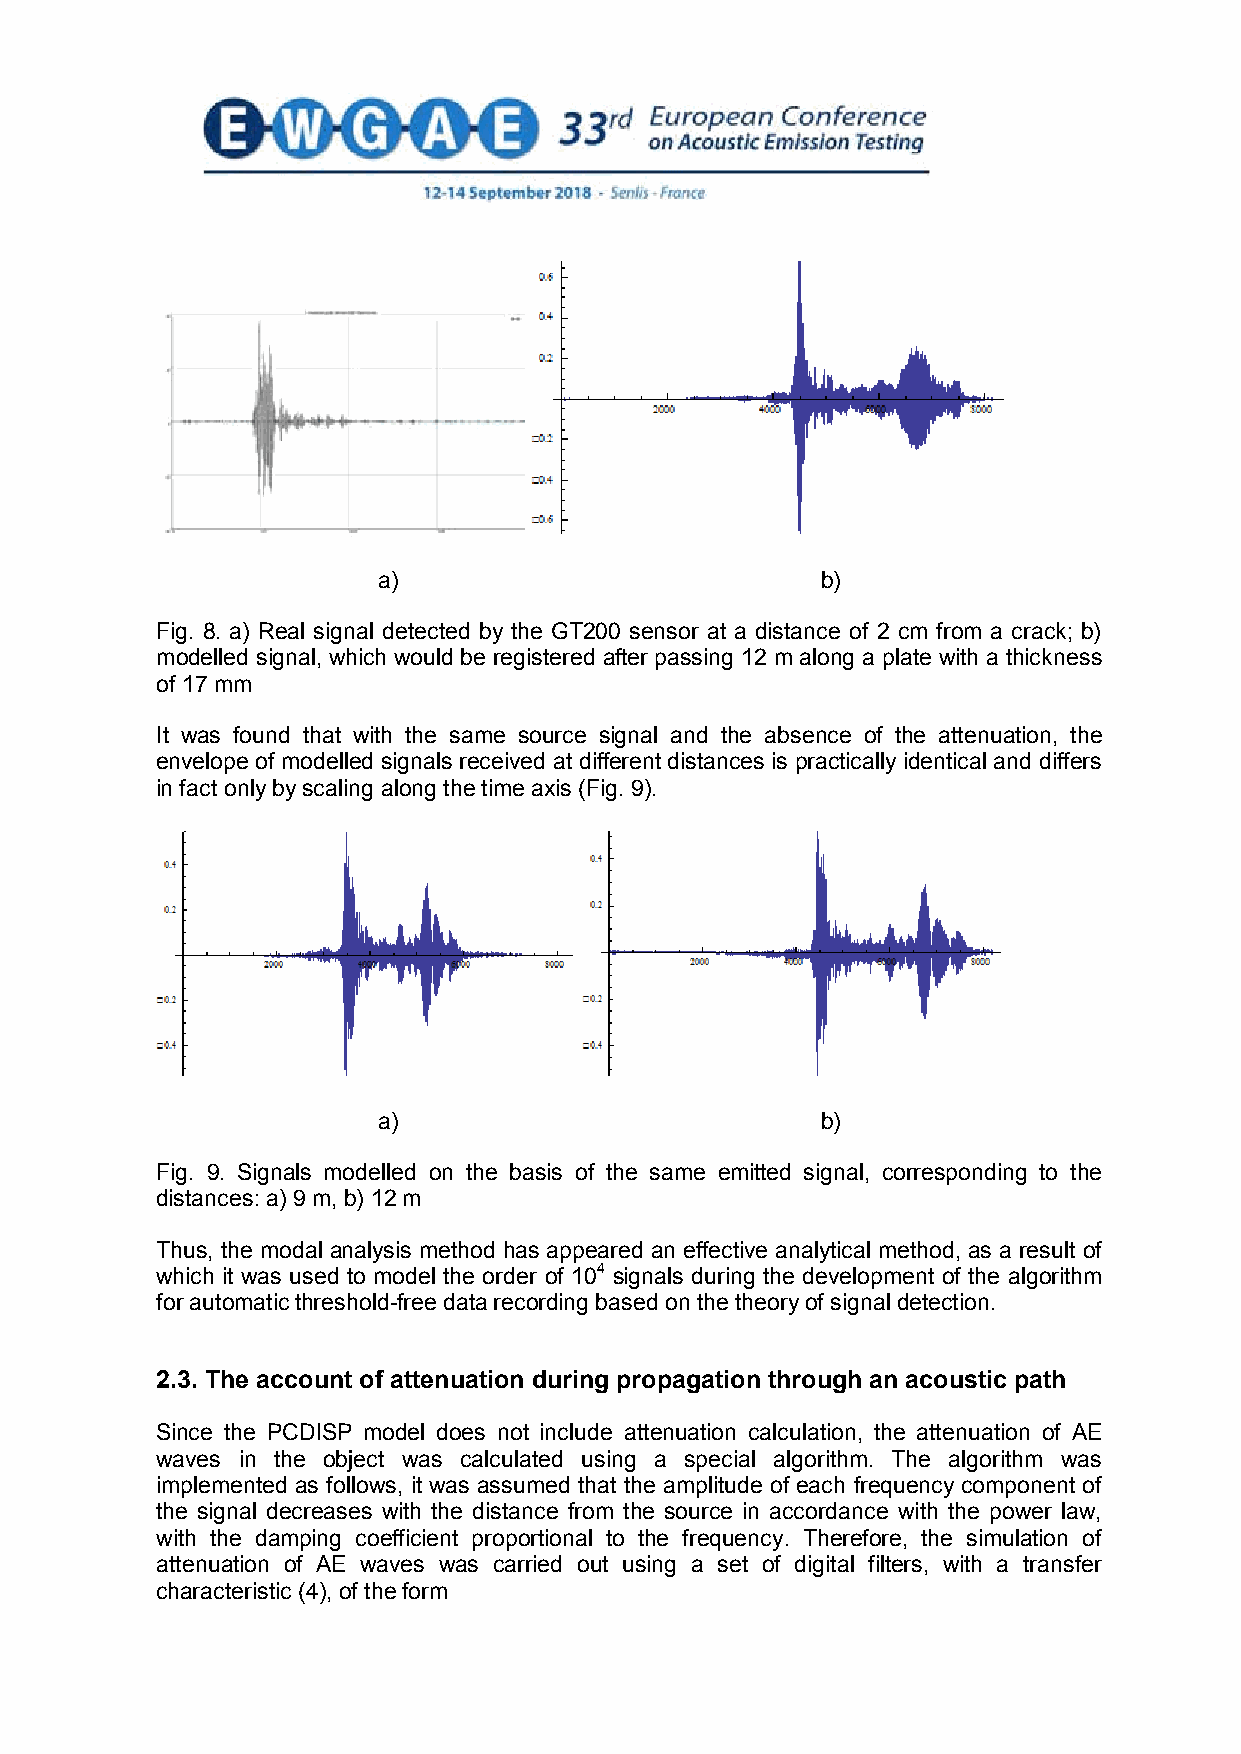
a)                           b)
 Fig. 8. a) Real signal detected by the GT200 sensor at a distance of 2 cm from a crack; b)
 modelled signal, which would be registered after passing 12 m along a plate with a thickness
 of 17 mm
 It was found that with the same source signal and the absence of the attenuation, the
 envelope of modelled signals received at different distances is practically identical and differs
 in fact only by scaling along the time axis (Fig. 9).
 a)                           b)
 Fig. 9. Signals modelled on the basis of the same emitted signal, corresponding to the
 distances: a) 9 m, b) 12 m
 Thus, the modal analysis method has appeared an effective analytical method, as a result of
 which it was used to model the order of 104 signals during the development of the algorithm
 for automatic threshold-free data recording based on the theory of signal detection.
 2.3. The account of attenuation during propagation through an acoustic path
 Since the PCDISP model does not include attenuation calculation, the attenuation of AE
 waves in the object was calculated using a special algorithm. The algorithm was
 implemented as follows, it was assumed that the amplitude of each frequency component of
 the signal decreases with the distance from the source in accordance with the power law,
 with the damping coefficient proportional to the frequency. Therefore, the simulation of
 attenuation of AE waves was carried out using a set of digital filters, with a transfer
 characteristic (4), of the form
 8